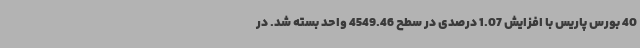
40 بورس پاریس با افزایش 1.07 درصدی در سطح 4549.46 واحد بسته شد. در